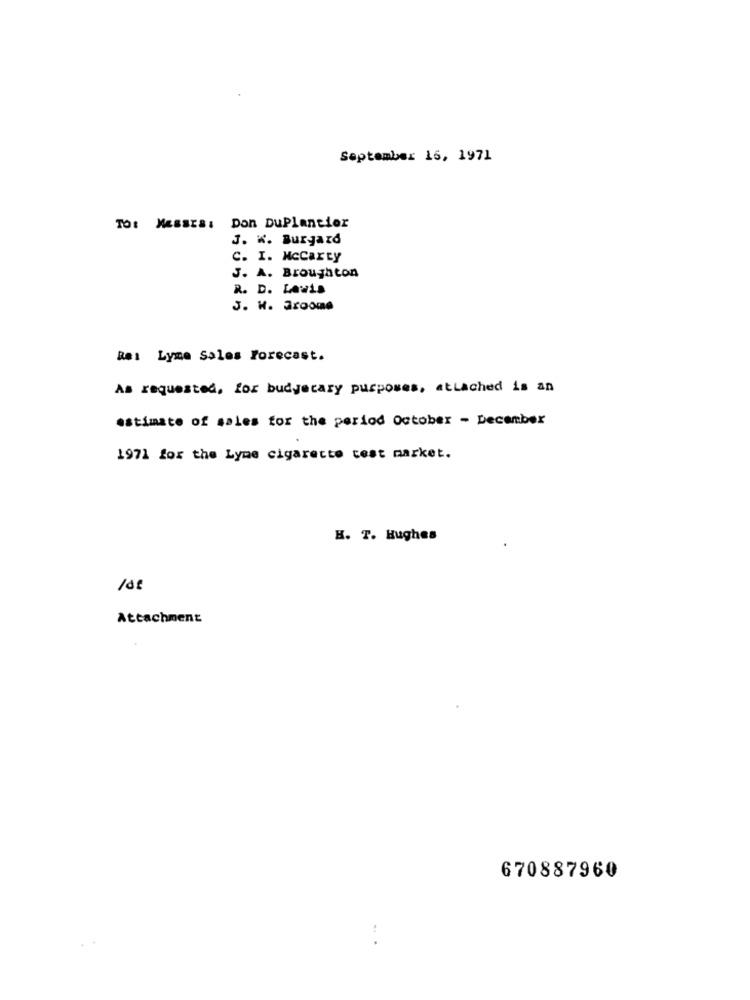
September 16, 1971
TO: Messrs: Don DuPlantier
J. W. Buryard
C. I. Mccarty
J. A. Broughton
R. D. Lewis
J. W. Aroome
Re: Lyme Sales Forecast.
As requested, for budgetary purposes, attached is an
estimate of sales for the period October - December
1971 for the Lyme cigarette cest market.
H. T. Hughes
108
Attachment
670887960
...